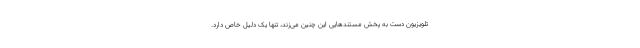
تلویزیون دست به پخش مستندهایی این چنین می‌زند، تنها یک دلیل خاص دارد.